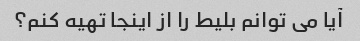
آیا می توانم بلیط را از اینجا تهیه کنم؟